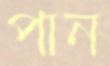
পান